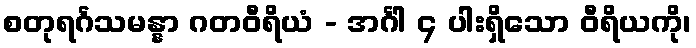
စတုရင်္ဂသမန္နာ ဂတဝီရိယံ - အင်္ဂါ ၄ ပါးရှိသော ဝီရိယကို၊